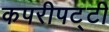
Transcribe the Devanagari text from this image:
कपरीपट्टी